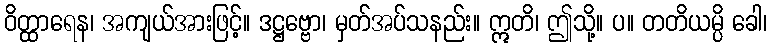
ဝိတ္ထာရေန၊ အကျယ်အားဖြင့်။ ဒဋ္ဌဗ္ဗော၊ မှတ်အပ်သနည်း။ ဣတိ၊ ဤသို့။ ပ။ တတိယမ္ပိ ခေါ၊